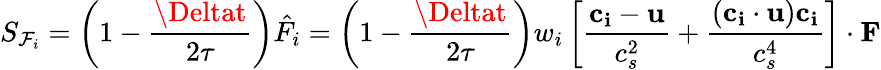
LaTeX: S_{\mathcal{F}_{i}}=\left(1-\frac{{\Deltat}}{{2\tau}}\right)\hat{{F_{i}}}=\left(1-\frac{{\Deltat}}{{2\tau}}\right)w_{i}\left[\frac{{\mathbf{{c_{i}}}-\mathbf{{u}}}}{{c_{s}^{2}}}+\frac{{(\mathbf{{c_{i}}}\cdot\mathbf{{u}})\mathbf{{c_{i}}}}}{{c_{s}^{4}}}\right]\cdot\mathbf{{F}}